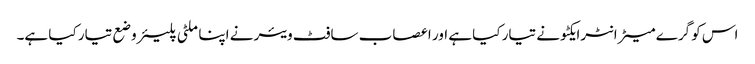
اس کو گرے میٹر انٹرایکٹو نے تیار کیا ہے اور اعصاب سافٹ ویئر نے اپنا ملٹی پلیئر وضع تیار کیا ہے۔